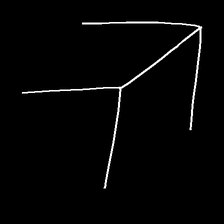
Glyph: gather